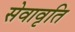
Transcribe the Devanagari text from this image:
सेवावृति